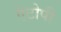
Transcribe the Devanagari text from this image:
ऐटोपी